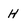
Character: H